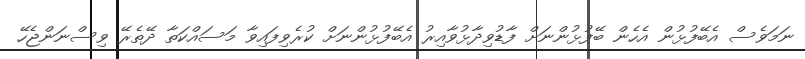
ނަމަވެސް އެބޭފުޅުން އެހެން ބޭފުޅުންނަށް ފާޑުވިދާޅުވާއިރު އެބޭފުޅުންނަށް ކުރެވިފައިވާ މަސައްކަތާ ދޭތެރޭ ވިސްނަންޖެހޭ